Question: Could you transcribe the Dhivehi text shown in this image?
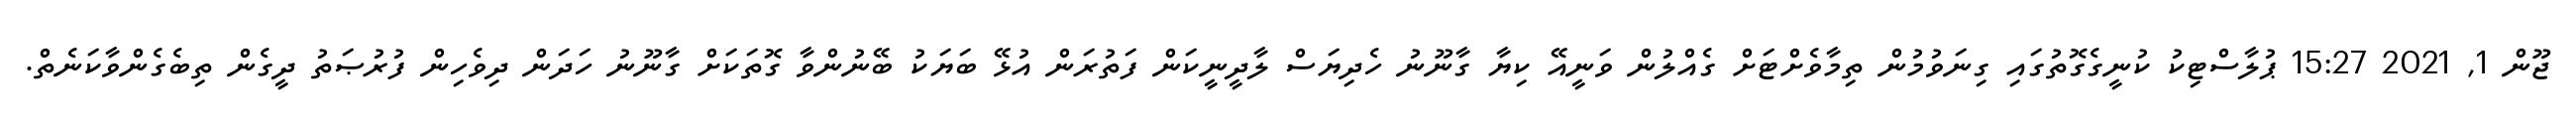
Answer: ޖޫން 1, 2021 15:27 ޕުލާސްޓިކު ކުނީގެގޮތުގައި ގިނަވުމުން ތިމާވެށްޓަށް ގެއްލުން ވަނީއޭ ކިޔާ ގާނޫނު ހެދިޔަސް ލާދީނީކަން ފަތުރަން އުޅޭ ބަޔަކު ބޭނުންވާ ގޮތަކަށް ގާނޫނު ހަދަން ދިވެހިން ފުރުޞަތު ދީގެން ތިބެގެންވާކަނެތް.